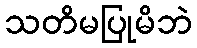
သတိမပြုမိဘဲ